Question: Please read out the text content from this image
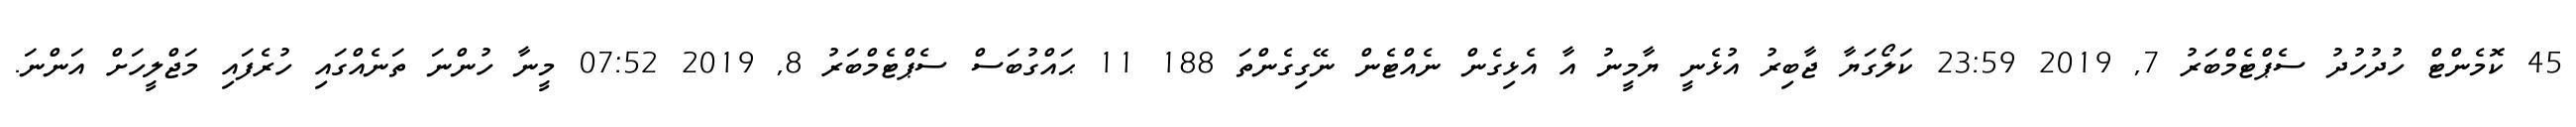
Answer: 45 ކޮމެންޓް ހުދުހުދު ސެޕްޓެމްބަރު 7, 2019 23:59 ކަލޯގަޔާ ޖާބިރު އުޅެނީ ޔާމީނު އާ އެޅިގެން ނެއްޓެން ނޭގިގެންތަ 188 11 ޙައްގުބަސް ސެޕްޓެމްބަރު 8, 2019 07:52 މީނާ ހުންނަ ތަނެއްގައި ހުރެފައި މަޖްލީހަށް އަންނަ.